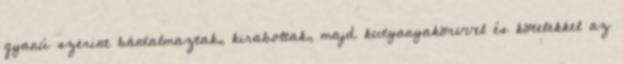
gyanú szerint bántalmaztak, kiraboltak, majd kutyanyakörvvel és kötelekkel az